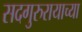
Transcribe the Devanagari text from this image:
सदगुरुरायाच्या